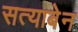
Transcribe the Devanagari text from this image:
सत्याबेन